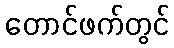
တောင်ဖက်တွင်